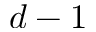
d - 1